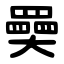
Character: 奰